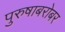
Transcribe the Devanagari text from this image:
पुरुषाबरोबर